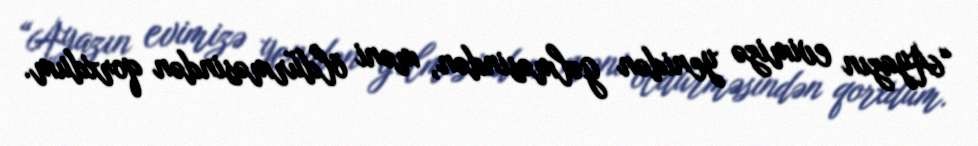
“Ayazın evimizə yenidən gəlməsindən, məni öldürməsindən qorxdum.